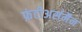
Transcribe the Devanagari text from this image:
फ्रंटीअर्समैन